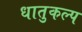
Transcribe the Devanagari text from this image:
धातुकल्प